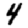
Digit: 4